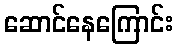
ဆောင်နေကြောင်း